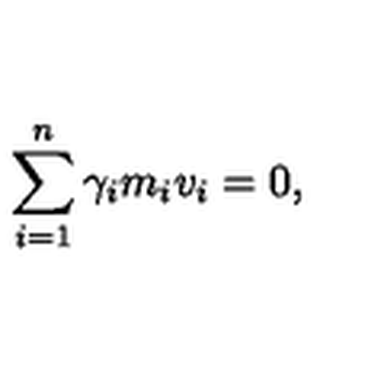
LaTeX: \sum _ { i = 1 } ^ { n } \gamma _ { i } m _ { i } v _ { i } = 0 ,